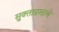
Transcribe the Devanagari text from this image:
सुक्ताप्रमाणे